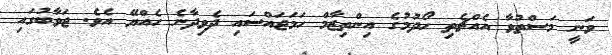
ވަނީ މަސްތުވާ އެއްޗެތި ހޯދުމުގެ އިންތިޒާމް ހަމަޖައްސައި ދެވިދާނެ ހެއްޔޭ އެވެ. ޖަވާބުގައި